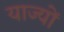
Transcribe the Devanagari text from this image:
याज्यों